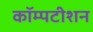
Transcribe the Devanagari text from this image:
कॉम्पटीशन